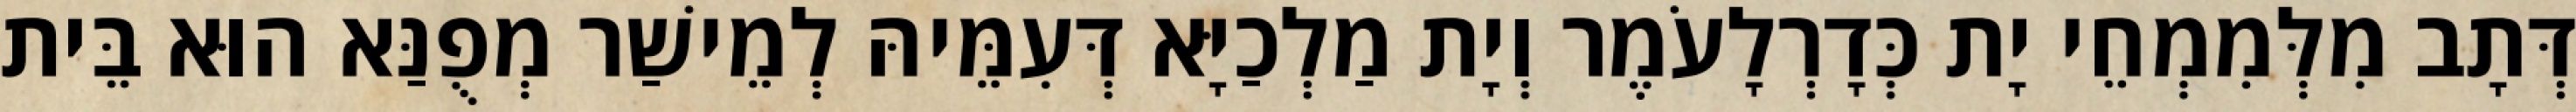
דְּתָב מִלְּמִמְחֵי יָת כְּדָרְלָעֹמֶר וְיָת מַלְכַיָּא דְּעִמֵּיהּ לְמֵישַׁר מְפֻנַּא הוּא בֵּית